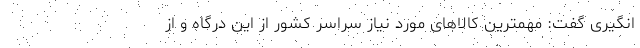
انگیری گفت: مهمترین کالاهای مورد نیاز سراسر کشور از این درگاه و از